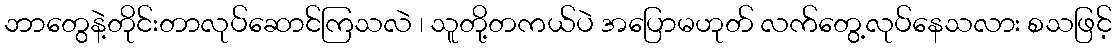
ဘာတွေနဲ့တိုင်းတာလုပ်ဆောင်ကြသလဲ ၊ သူတို့တကယ်ပဲ အပြောမဟုတ် လက်တွေ့လုပ်နေသလား စသဖြင့်